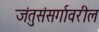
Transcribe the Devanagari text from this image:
जंतुसंसर्गावरील